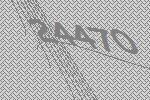
24470